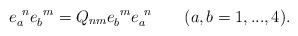
LaTeX: \begin{align*}e_a^{\ n}e_b^{\ m}=Q_{nm}e_b^{\ m}e_a^{\ n} \qquad (a,b=1,...,4). \end{align*}